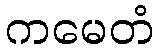
ကမေတံ